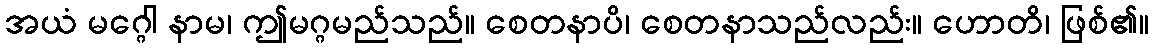
အယံ မဂ္ဂေါ နာမ၊ ဤမဂ္ဂမည်သည်။ စေတနာပိ၊ စေတနာသည်လည်း။ ဟောတိ၊ ဖြစ်၏။